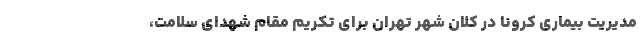
مدیریت بیماری کرونا در کلان شهر تهران برای تکریم مقام شهدای سلامت،